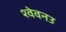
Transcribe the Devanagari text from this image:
श्वेवनउ